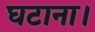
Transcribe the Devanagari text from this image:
घटाना।